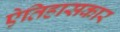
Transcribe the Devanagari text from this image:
ऐतिहासकार